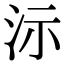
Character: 沶